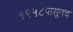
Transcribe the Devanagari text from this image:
१९५८पासूनच